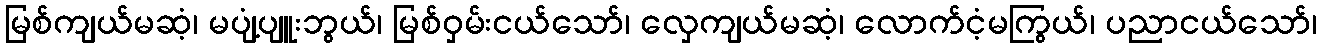
မြစ်ကျယ်မဆံ့၊ မပျံ့ပျူးဘွယ်၊ မြစ်ဝှမ်းငယ်သော်၊ လှေကျယ်မဆံ့၊ လောက်ငံ့မကြွယ်၊ ပညာငယ်သော်၊